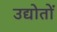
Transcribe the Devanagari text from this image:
उद्योतों